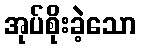
အုပ်စိုးခဲ့သော